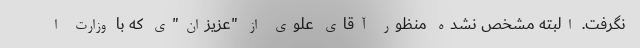
نگرفت. البته مشخص نشده منظور آقای علوی از "عزیزان"ی که با وزارت ا